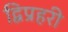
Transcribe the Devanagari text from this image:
द्विप्रहरी